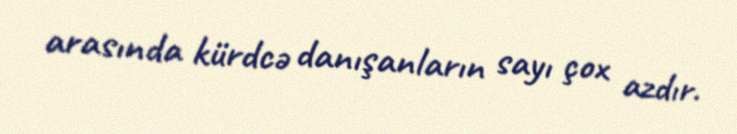
arasında kürdcə danışanların sayı çox azdır.